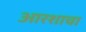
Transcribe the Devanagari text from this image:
आरशाचा